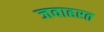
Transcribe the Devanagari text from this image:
जवाहरत